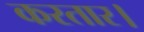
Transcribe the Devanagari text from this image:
करतार।